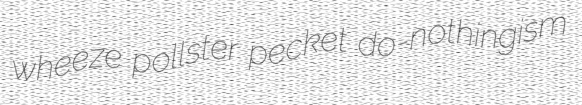
wheeze pollster pecket do-nothingism